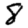
Digit: 8